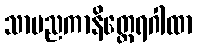
သာမညကာနိတ္ထေရဂါထာ